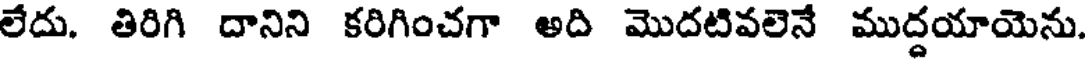
లేదు. తిరిగి దానిని కరిగించగా అది మొదటివలెనే ముద్దయాయెను.